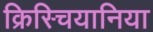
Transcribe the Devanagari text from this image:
क्रिस्चियानिया